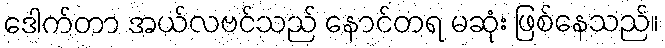
ဒေါက်တာ အယ်လဗင်သည် နောင်တရ မဆုံး ဖြစ်နေသည်။